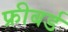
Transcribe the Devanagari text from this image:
फ्रीबर्ड